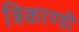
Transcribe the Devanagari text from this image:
त्रिकाण्डी